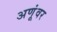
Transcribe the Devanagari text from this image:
अणूंवर